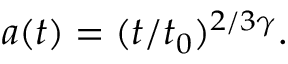
a ( t ) = ( t / t _ { 0 } ) ^ { 2 / 3 \gamma } .